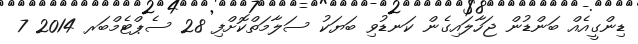
ޑިންގީއެއް ބަންޑުން ޖަހާލައިގެން ކަނޑުވި ބަޔަކު ސަލާމަތްކޮށްފި 28 ސެޕްޓެމްބަރ 2014 7